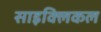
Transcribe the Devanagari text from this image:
साइक्लिकल